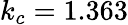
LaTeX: k_{c}=1.363